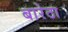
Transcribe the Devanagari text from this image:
बारेठा